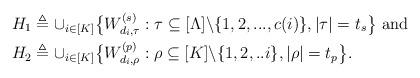
LaTeX: \begin{align*}H_1 &\triangleq \cup_{i \in [K]}\big\{W^{(s)}_{d_i,\tau}: \tau \subseteq [\Lambda] \backslash \{1,2,...,c(i)\}, |\tau|=t_s \big\} \textrm{ and}\\H_2 &\triangleq \cup_{i \in [K]} \big\{W^{(p)}_{d_i,\rho}: \rho \subseteq [K] \backslash \{1,2,..i\}, |\rho|=t_p \big\}.\end{align*}